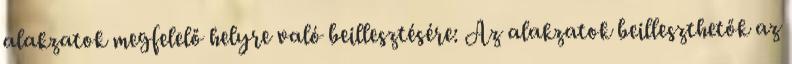
alakzatok megfelelő helyre való beillesztésére: Az alakzatok beilleszthetők az